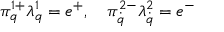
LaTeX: \pi _ { q } ^ { 1 + } \lambda _ { q } ^ { 1 } = e ^ { + } , \quad \pi _ { \dot { q } } ^ { 2 - } \lambda _ { \dot { q } } ^ { 2 } = e ^ { - }